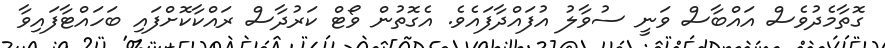
ގޮތާމެދުވެސް އައްބާސް ވަނީ ސުވާލު އުފައްދާފައެވެ. އެގޮތުން ވޯޓް ކަރުދާސް ރައްކާކޮށްފައި ބަހައްޓާފައިވާ